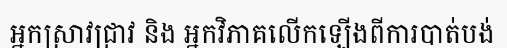
អ្នកស្រាវជ្រាវ និង អ្នកវិភាគលើកឡើងពីការបាត់បង់